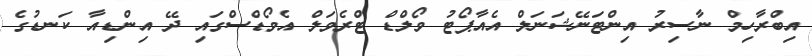
އިބްރާހިމް ނާސިރު އިންޓަނޭޝަނަލް އެއާޕޯޓު ވޯލްޑް ޓްރެވަލް އެވޯޑްސްގައި ދޭ އިންޑިއާ ކަނޑުގެ